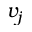
v _ { j }